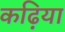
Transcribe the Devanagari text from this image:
कढ़िया